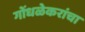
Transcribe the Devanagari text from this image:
गोंधळेकरांचा